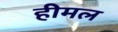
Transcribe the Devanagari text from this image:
हीमल